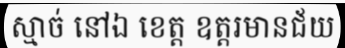
ស្មាច់ នៅឯ ខេត្ត ឧត្តរមានជ័យ